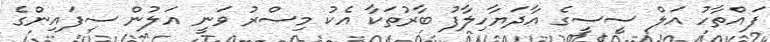
ފައްތާހު އަލް ސީސީގެ އާދަޔާހިލާފު ބާރުތަކާ އެކު މިސްރު ވަނީ އަލުން ސިފައިންގެ